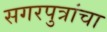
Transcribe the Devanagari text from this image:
सगरपुत्रांचा